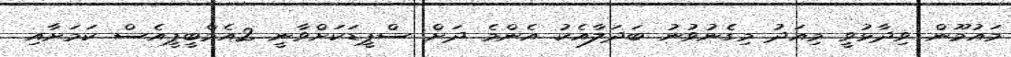
މައުމޫން ވިދާޅުވީ މިއަދު މިގެނުވުނު ބަދަލާއެކު އެންމެ ދަށް ސްޕީޑަކަށްވާނީ 2އެމްބީޕީއެސް ކަމަށާއި